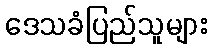
ဒေသခံပြည်သူများ